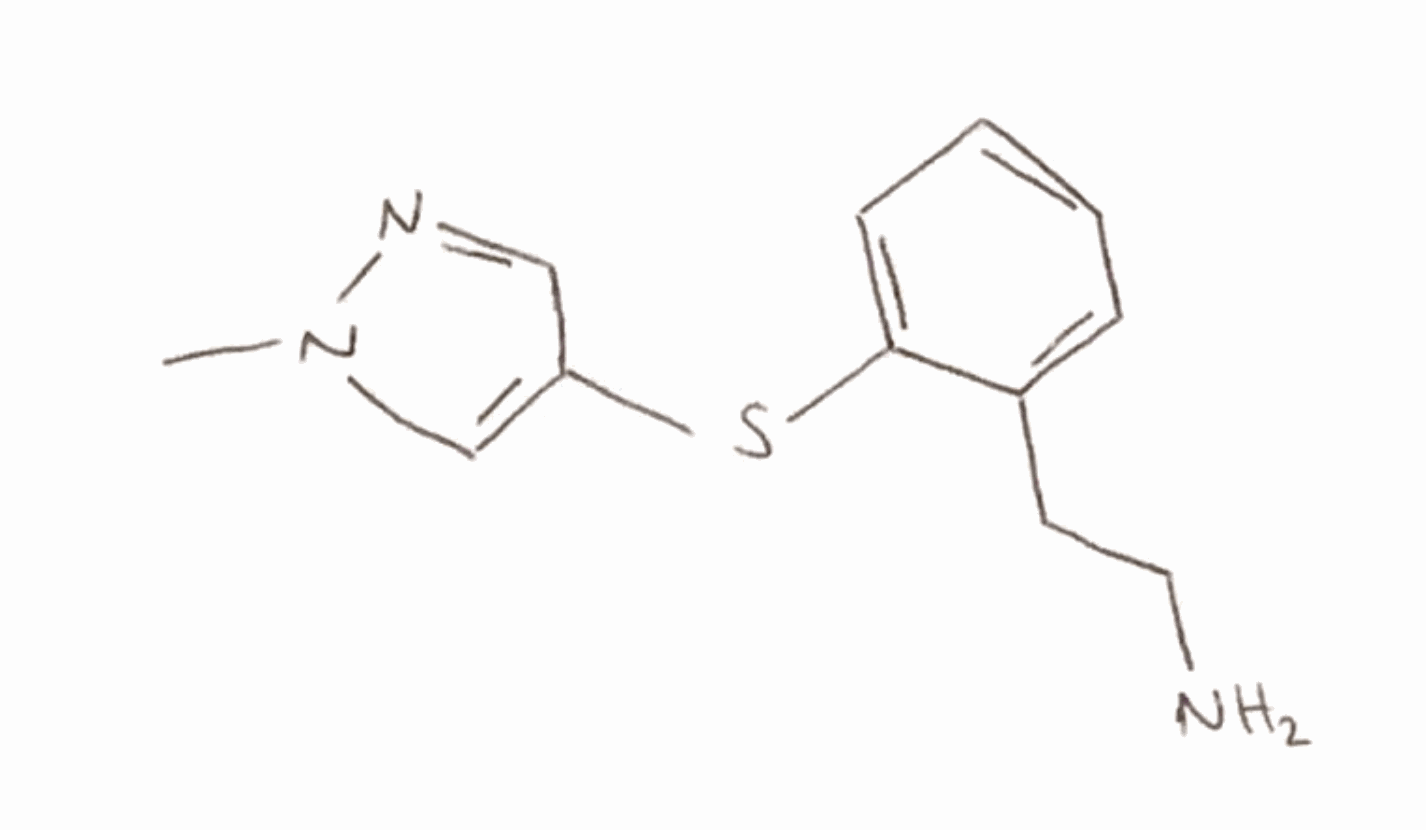
Simplified molecular-input line-entry system (SMILES) notation of the given molecule:
CN1C=C(C=N1)SC2=CC=CC=C2CCN